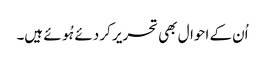
اُن کے احوال بھی تحریر کر دئے ہُوئے ہیں۔